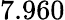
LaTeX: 7.960